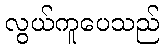
လွယ်ကူပေသည်